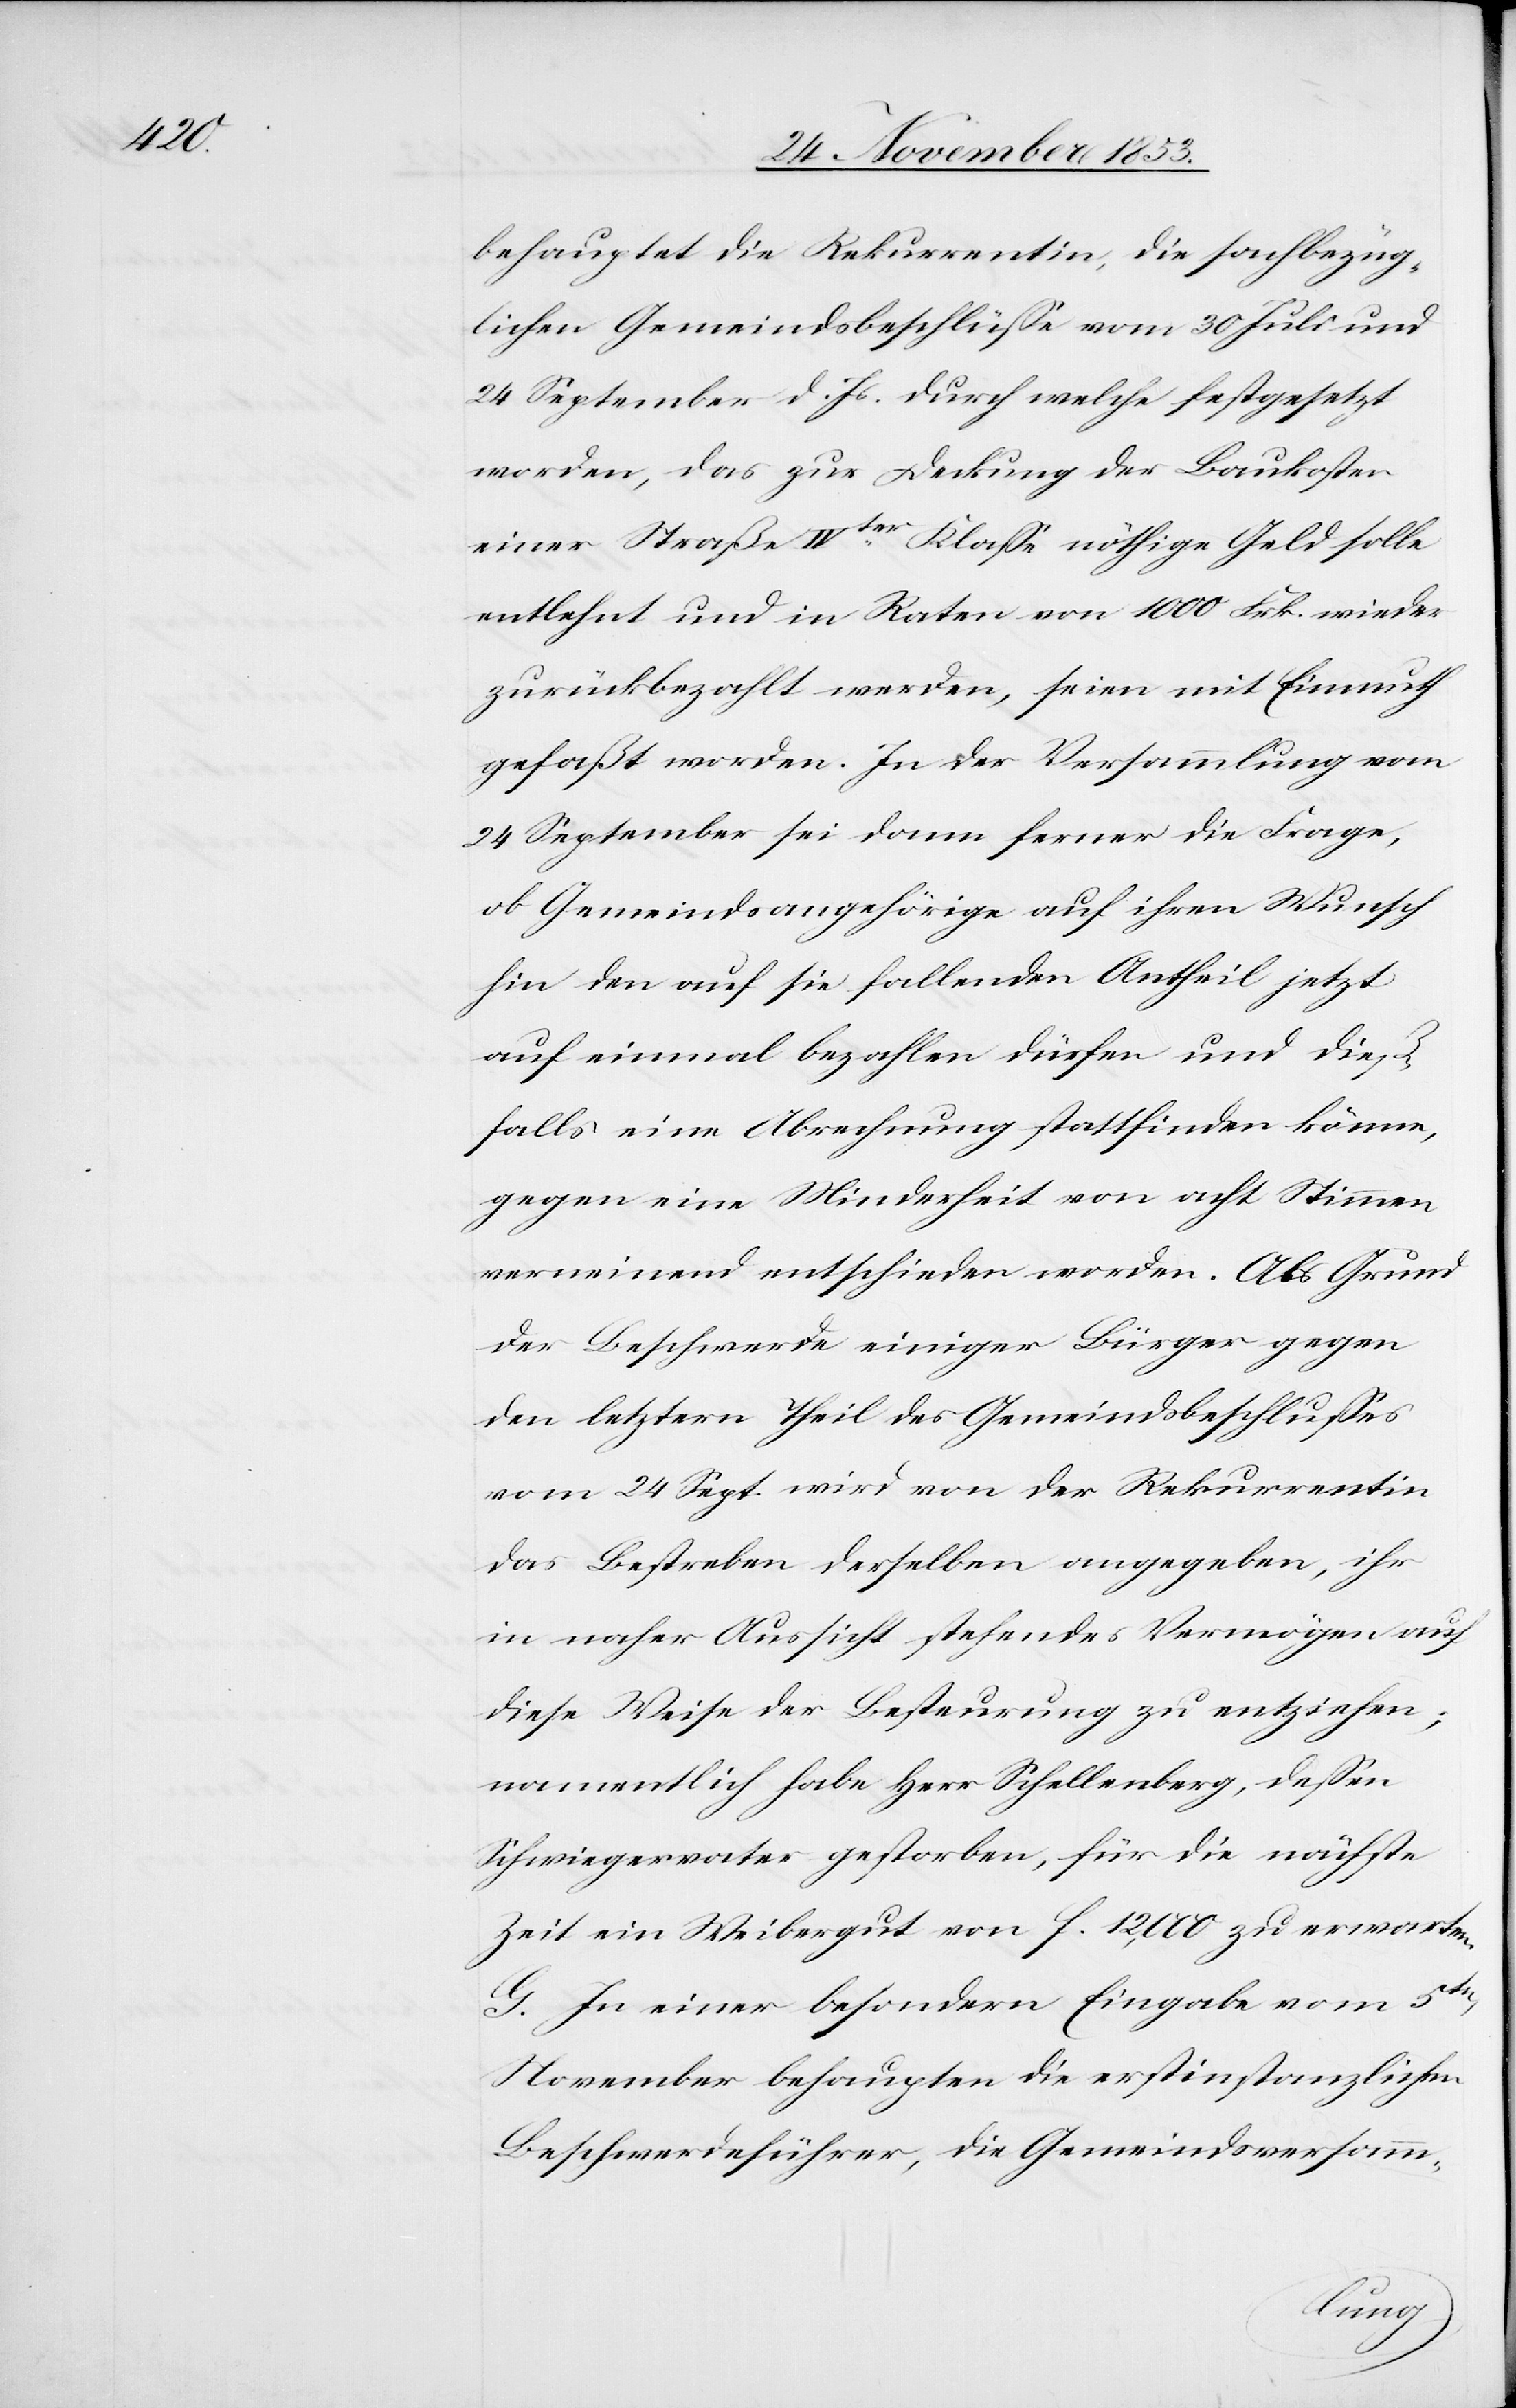
behauptet die Rekurrentin, die sachbezüg¬
lichen Gemeindsbeschlüße vom 30 Juli und
24 September d. Js. durch welche festgesetzt
worden, das zur Deckung der Baukosten
einer Straße IVter Klaße nöthige Geld solle
entlehnt und in Raten von 1000 Frk. wieder
zurückbezahlt werden, seien mit Einmuth
gefaßt worden. In der Versammlung vom
24 September sei dann ferner die Frage,
ob Gemeindsangehörige auf ihren Wunsch
hin den auf sie fallenden Antheil jetzt
auf einmal bezahlen dürfen und dieß¬
falls eine Abrechnung stattfinden könne,
gegen eine Minderheit von acht Stimmen
verneinend entschieden worden. Als Grund
der Beschwerde einiger Bürger gegen
den letztern Theil des Gemeindsbeschlußes
vom 24 Sept. wird von der Rekurrentin
das Bestreben derselben angegeben, ihr
in naher Aussicht stehendes Vermögen auf
diese Weise der Besteuerung zu entziehen;
namentlich habe Herr Schellenberg, deßen
Schwiergervater gestorben, für die nächste
Zeit ein Weibergut von f. 12,000 zu erwarten.
G. In einer besondern Eingabe vom 5ten
November behaupten die erstinstanzlichen
Beschwerdeführer, die Gemeindsversam-